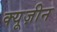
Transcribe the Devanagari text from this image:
क्यूज़ीन